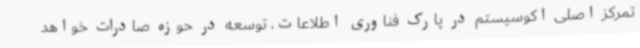
تمرکز اصلی اکوسیستم در پارک فناوری اطلاعات، توسعه در حوزه صادرات خواهد